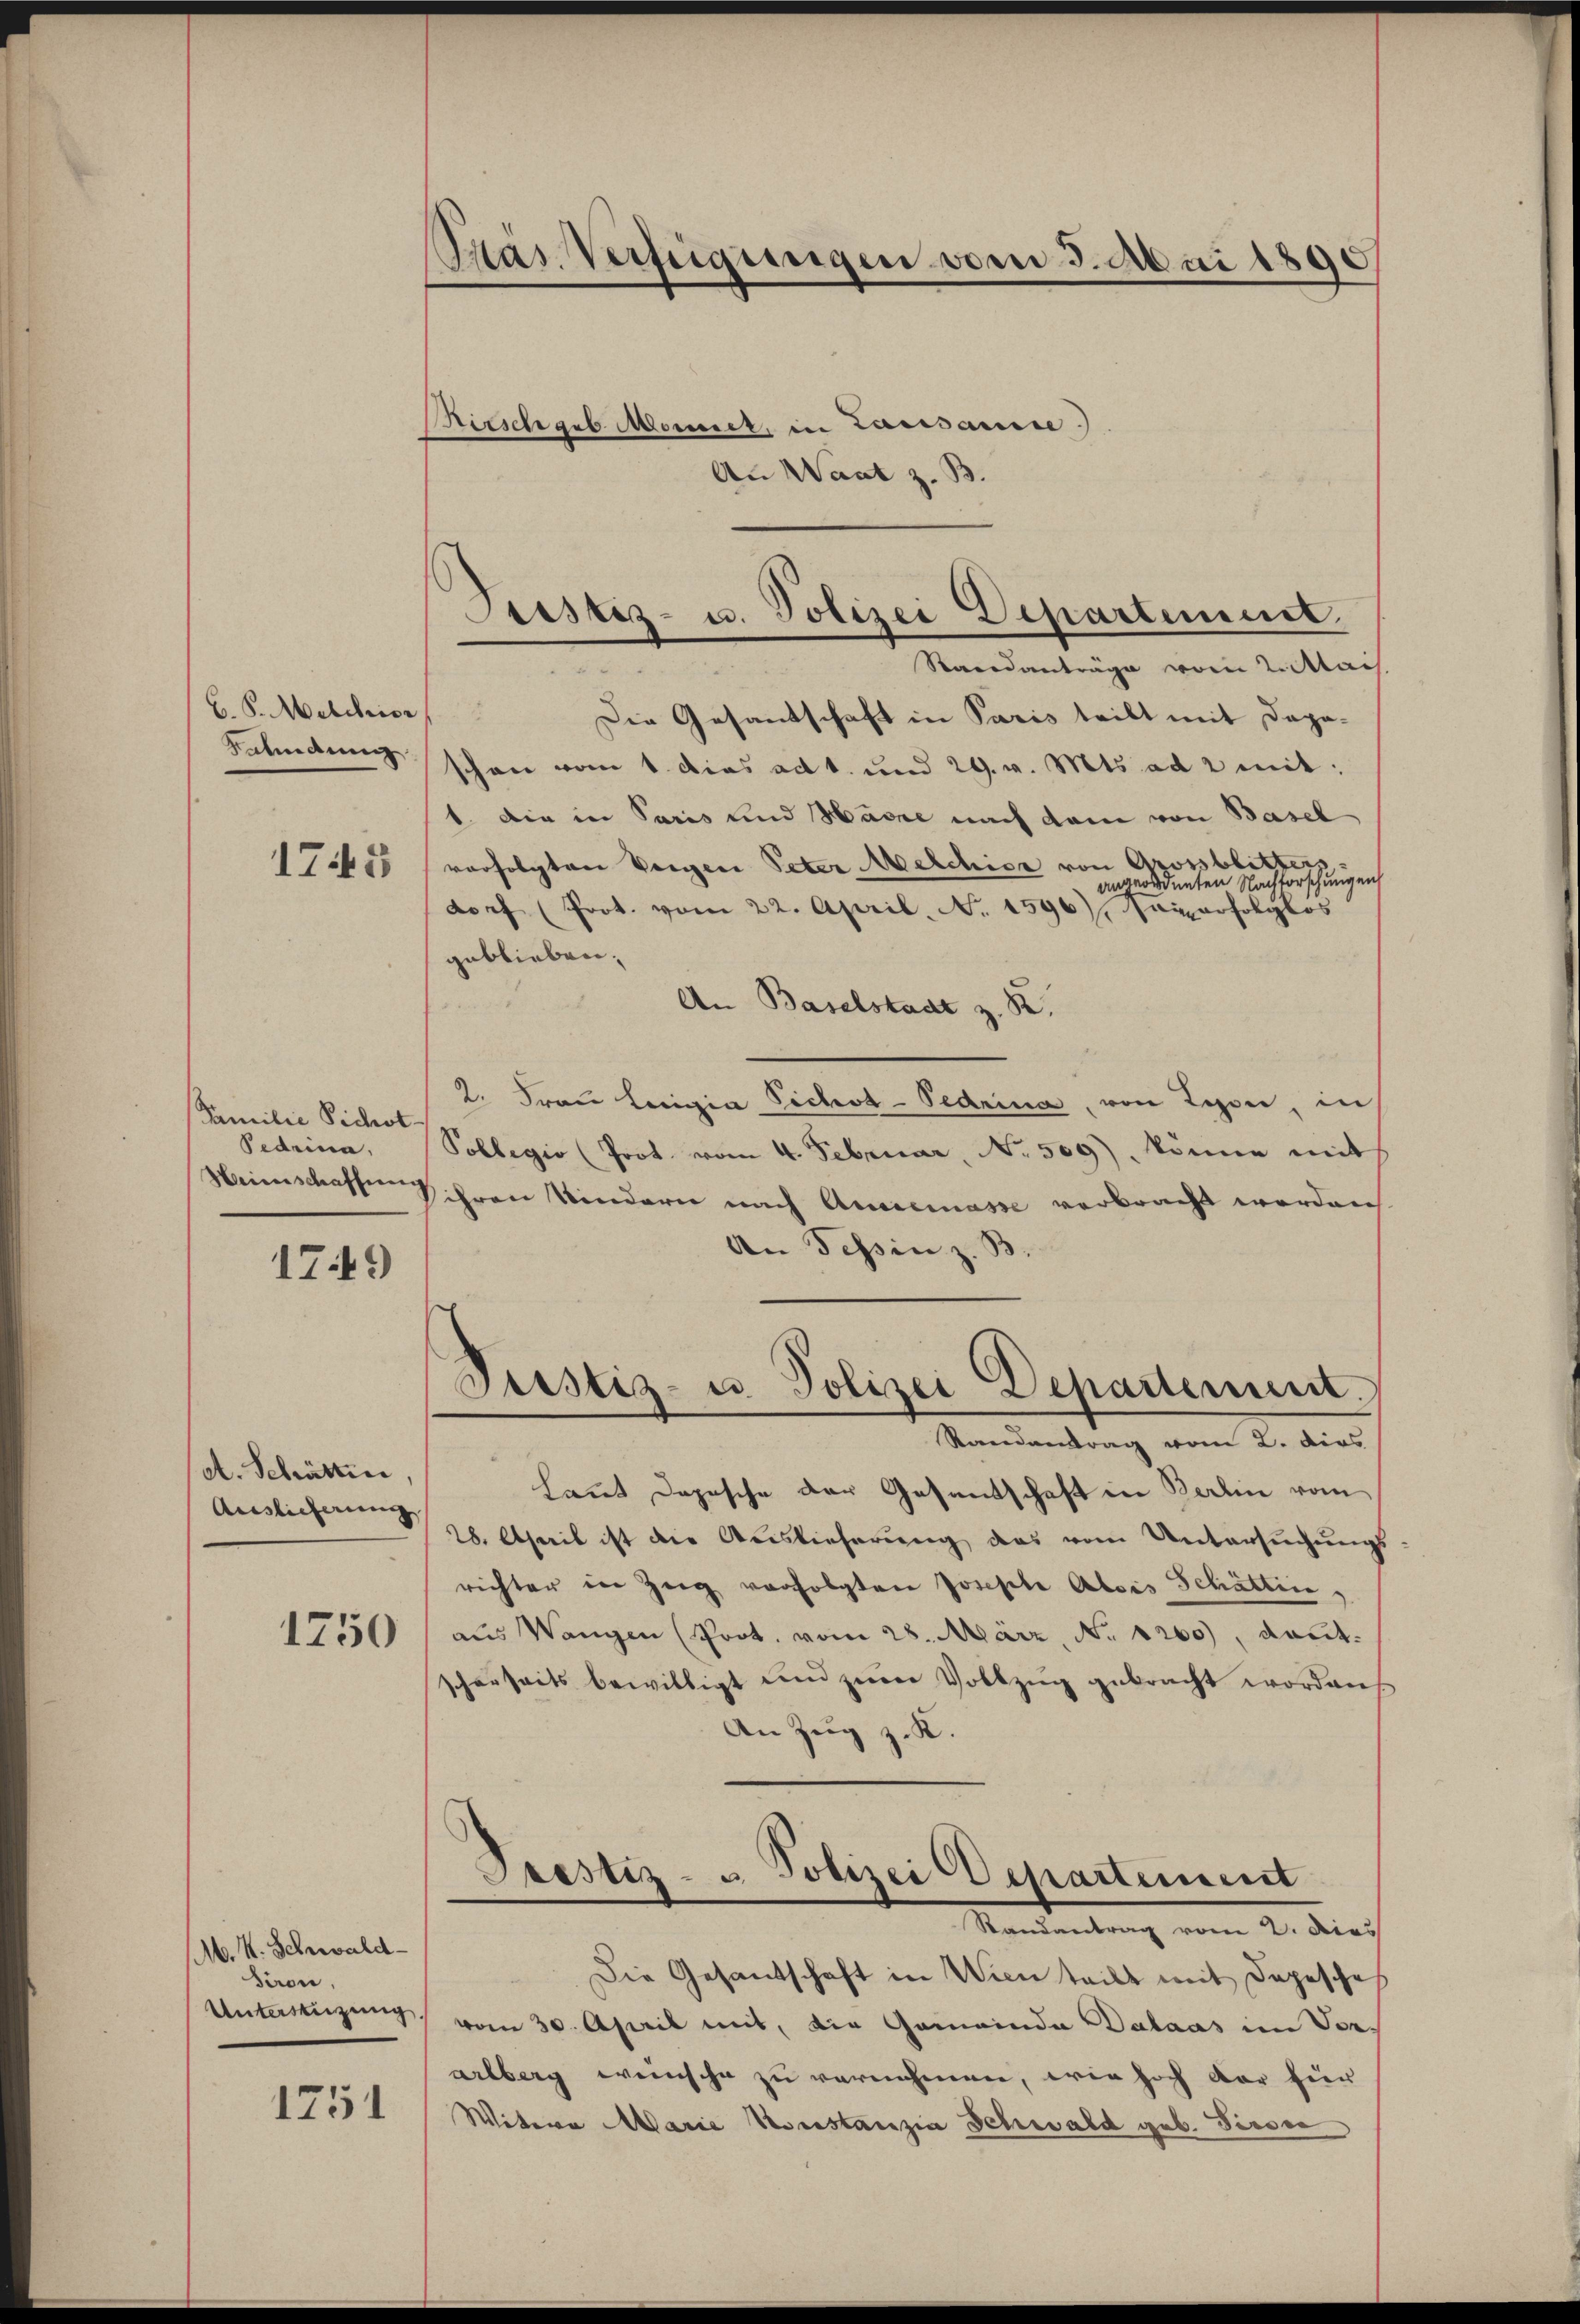
B.S. Melchior
Kabindung
1745

Familie Sichot
Pedema

1749

et. Schätten,
Auslieferung
1750

M. V. Schwald-
Siron,
Unterstüzung

1251

Präs. Verfügungen vom 3. Ani 1890

Justiz- u. Polizei Departement.
Standanträge vom 2. Stai
¬
Die Gesantschaft in Paris teilt mit Dapo-

Kirsch geb. Monnet, in Lausanne)
An Wart z. B.
schon vom 1. dies ad 1. und 29. v. Mts. ad 2 mit:
1. Die in Paris und Harze nach dem von Basel-
vorfolgten Vorgen Peter Melchior von Grossblitters
angeordneten Nachforschungen
dorf (Prot. vom 22. April. No. 1596), Nauerfolglos
geblieben,
An Baselstaat z. B.
2. Frau Leigia Pichod-Pedrina, von Lyon, in
Pollegio (Prot. vom 4. Februar, No. 509), könne mit
Heimschaften ihren Kindern nach Ausdemasse verbracht worden
An Tessin z. B.
Justiz- u. Polizei Departement.
Randantrag vom 2. dies
haut Depesche der Gesandschaft in Berlin vom
28. April ist die Auslieferŭng das vom Untersŭchŭngs-
richter in Zŭg verfolgten Joseph Alois Schätten,
aus Wangen (Prot. vom 28. März No 1260), kant.
scherseits bewilligt und zum Vollzug gebracht worden
An Zug z. K.
Prestiz- u. Polizei Achartement
Mandentrag vom 2. dies
Die Gesandschaft in Wien teilt mit Depesches
vom 30. April mit, die Gemeinde Dalaas im Vor-
arlberg wünsche zu vernehmen, wie hoch der für
Witere Marie Konstanzia Schwald geb. Ferse